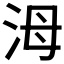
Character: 𣳠